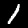
Label: 1